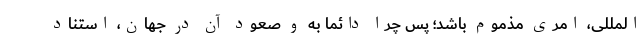
‌المللی، امری مذموم باشد؛ پس چرا دائماً به و صعود آن در جهان، استناد